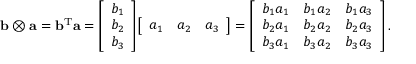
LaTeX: \mathbf { b } \otimes \mathbf { a } = \mathbf { b } ^ { \mathrm { T } } \mathbf { a } = { \left[ \begin{array} { l } { b _ { 1 } } \\ { b _ { 2 } } \\ { b _ { 3 } } \end{array} \right] } { \left[ \begin{array} { l l l } { a _ { 1 } } & { a _ { 2 } } & { a _ { 3 } } \end{array} \right] } = { \left[ \begin{array} { l l l } { b _ { 1 } a _ { 1 } } & { b _ { 1 } a _ { 2 } } & { b _ { 1 } a _ { 3 } } \\ { b _ { 2 } a _ { 1 } } & { b _ { 2 } a _ { 2 } } & { b _ { 2 } a _ { 3 } } \\ { b _ { 3 } a _ { 1 } } & { b _ { 3 } a _ { 2 } } & { b _ { 3 } a _ { 3 } } \end{array} \right] } \, .